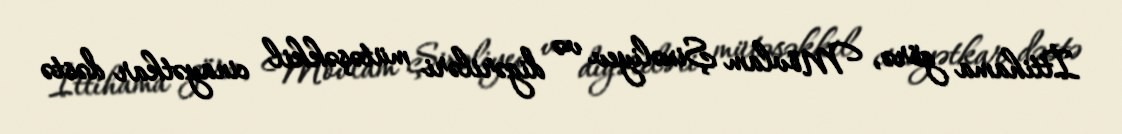
İttihama görə, Mövlam Şixəliyev və digəriləri mütəşəkkil cinayətkar dəstə